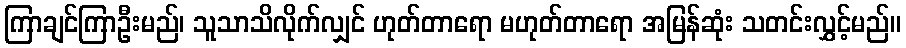
ကြာချင်ကြာဦးမည်၊ သူသာသိလိုက်လျှင် ဟုတ်တာရော မဟုတ်တာရော အမြန်ဆုံး သတင်းလွှင့်မည်။